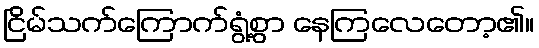
ငြိမ်သက်ကြောက်ရွံ့စွာ နေကြလေတော့၏။